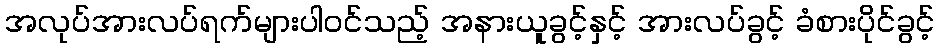
အလုပ်အားလပ်ရက်များပါဝင်သည့် အနားယူခွင့်နှင့် အားလပ်ခွင့် ခံစားပိုင်ခွင့်